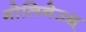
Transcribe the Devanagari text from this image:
मोलिनेउक्ष्